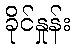
ခိုင်နှုန်း